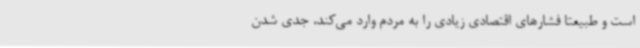
است و طبیعتاً فشارهای اقتصادی زیادی را به مردم وارد می‌کند، جدی شدن